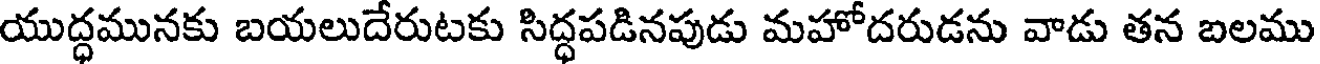
యుద్ధమునకు బయలుదేరుటకు సిద్ధపడినపుడు మహోదరుడను వాడు తన బలము